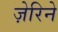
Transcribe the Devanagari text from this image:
ज़ेरिने